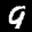
Label: 9